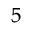
^ 5